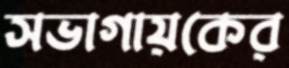
সভাগায়কের